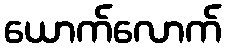
ယောက်လောက်